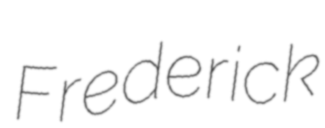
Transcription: Frederick